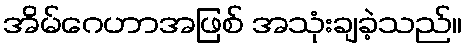
အိမ်ဂေဟာအဖြစ် အသုံးချခဲ့သည်။